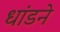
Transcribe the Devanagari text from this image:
धांडने